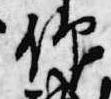
仰